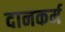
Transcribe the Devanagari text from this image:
दानकर्म